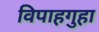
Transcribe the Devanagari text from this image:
विपाहगुहा